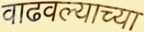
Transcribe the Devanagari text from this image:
वाढवल्याच्या